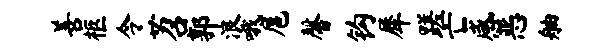
善柩令苕郭浪哦扈馨钩犀蹉亡感恶舳